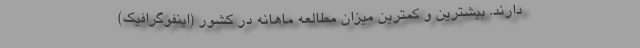
دارند. بیشترین و کمترین میزان مطالعه ماهانه در کشور (اینفوگرافیک)